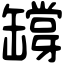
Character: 𦉘